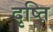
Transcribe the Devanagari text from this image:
दृष्ति